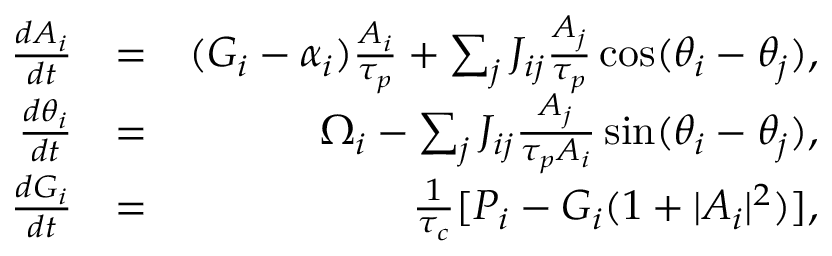
\begin{array} { r l r } { \frac { d A _ { i } } { d t } } & { = } & { ( G _ { i } - \alpha _ { i } ) \frac { A _ { i } } { \tau _ { p } } + \sum _ { j } J _ { i j } \frac { A _ { j } } { \tau _ { p } } \cos ( \theta _ { i } - \theta _ { j } ) , } \\ { \frac { d \theta _ { i } } { d t } } & { = } & { \Omega _ { i } - \sum _ { j } J _ { i j } \frac { A _ { j } } { \tau _ { p } A _ { i } } \sin ( \theta _ { i } - \theta _ { j } ) , } \\ { \frac { d G _ { i } } { d t } } & { = } & { \frac { 1 } { \tau _ { c } } [ P _ { i } - G _ { i } ( 1 + | A _ { i } | ^ { 2 } ) ] , } \end{array}